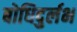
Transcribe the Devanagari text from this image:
बोधिदुर्लभ